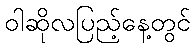
ဝါဆိုလပြည့်နေ့တွင်